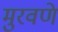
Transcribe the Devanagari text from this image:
मुरवणे